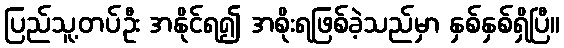
ပြည်သူ့တပ်ဦး အနိုင်ရ၍ အစိုးရဖြစ်ခဲ့သည်မှာ နှစ်နှစ်ရှိပြီ။